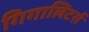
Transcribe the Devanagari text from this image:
गिगालिटर्स